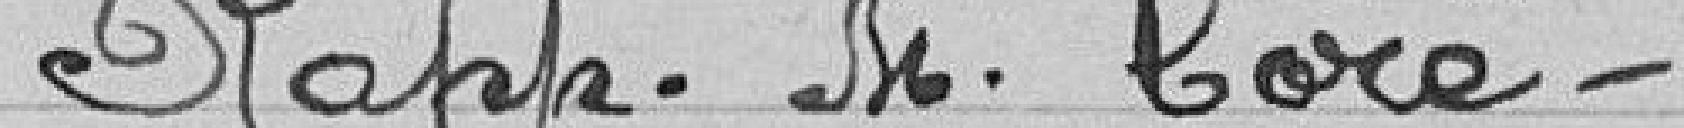
Rapp. M. Coré.